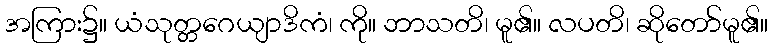
အကြား၌။ ယံသုတ္တဂေယျာဒိကံ၊ ကို။ ဘာသတိ၊ မူ၏။ လပတိ၊ ဆိုတော်မူ၏။